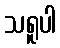
သရူပါ